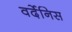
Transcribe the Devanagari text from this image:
वर्देनिस